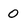
Character: 0